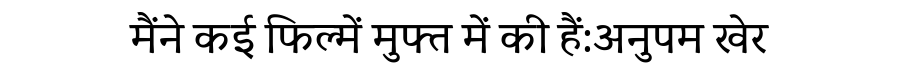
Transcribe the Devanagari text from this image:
मैंने कई फिल्में मुफ्त में की हैं:अनुपम खेर